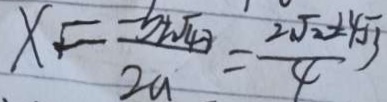
x = \frac { - b \pm \sqrt { 4 3 } } { 2 a } = \frac { 2 \sqrt { 2 } \pm 4 \sqrt { 3 } } { 4 }